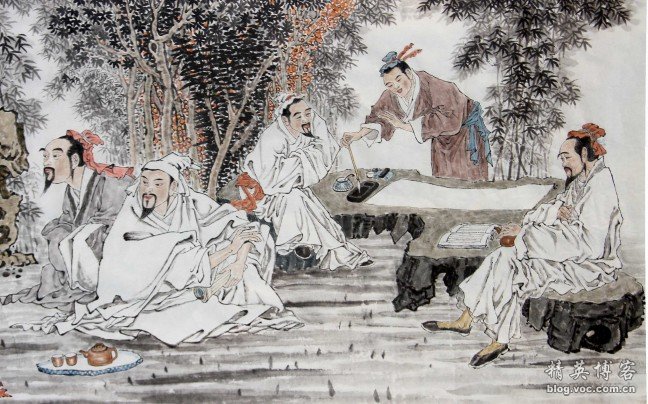
澹月梨花，借梦来花边廊庑。